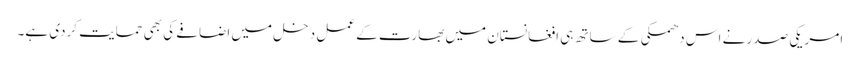
امریکی صدر نے اس دھمکی کے ساتھ ہی افغانستان میں بھارت کے عمل دخل میں اضافے کی بھی حمایت کردی ہے۔